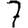
Digit: 7